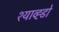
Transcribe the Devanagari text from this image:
श्याव्ह्डो